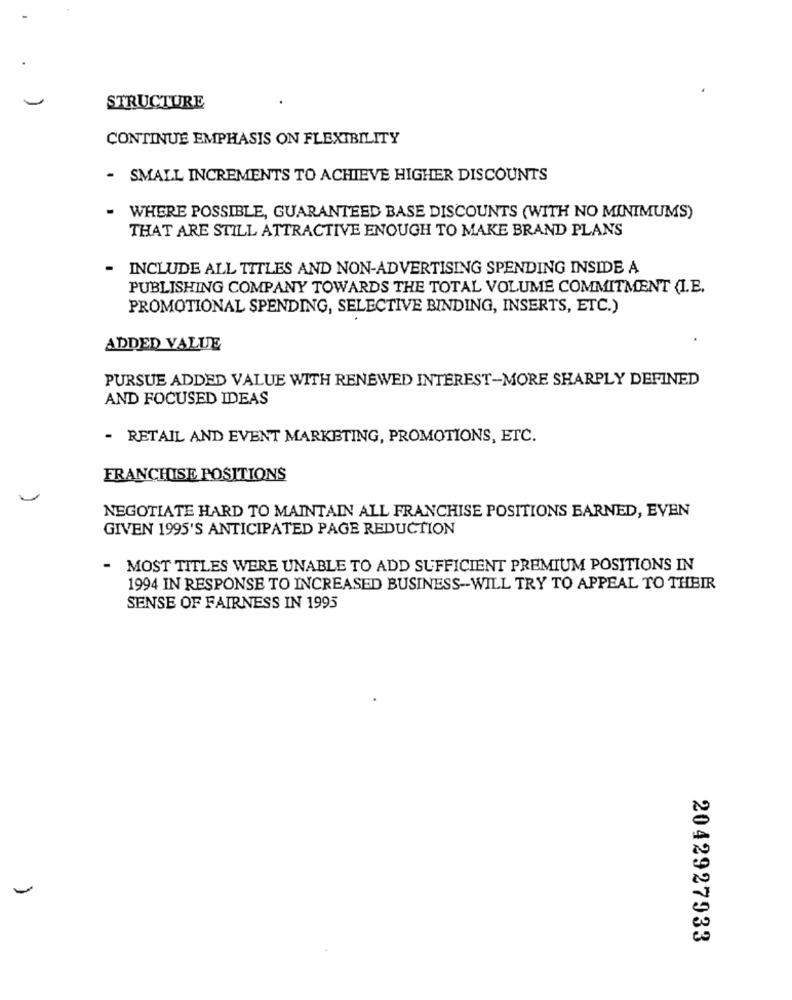
STRUCTURE
CONTINUE EMPHASIS ON FLEXIBILITY
- SMALL INCREMENTS TO ACHIEVE HIGHER DISCOUNTS
- WHERE POSSIBLE, GUARANTEED BASE DISCOUNTS (WITH NO MINIMUMS)
THAT ARE STILL ATTRACTIVE ENOUGH TO MAKE BRAND PLANS
- INCLUDE ALL TITLES AND NON-ADVERTISING SPENDING INSIDE A
PUBLISHING COMPANY TOWARDS THE TOTAL VOLUME COMMITMENT (I.E.
PROMOTIONAL SPENDING, SELECTIVE BINDING, INSERTS, ETC.)
ADDED VALUE
PURSUE ADDED VALUE WITH RENEWED INTEREST-MORE SHARPLY DEFINED
AND FOCUSED IDEAS
- RETAIL AND EVENT MARKETING, PROMOTIONS, ETC.
FRANCHISE POSITIONS
NEGOTIATE HARD TO MAINTAIN ALL FRANCHISE POSITIONS EARNED, EVEN
GIVEN 1995'S ANTICIPATED PAGE REDUCTION
MOST TITLES WERE UNABLE TO ADD SUFFICIENT PREMIUM POSITIONS IN
1994 IN RESPONSE TO INCREASED BUSINESS -- WILL TRY TO APPEAL TO THEIR
SENSE OF FAIRNESS IN 1995
2042927933